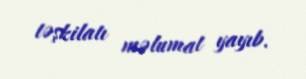
təşkilatı məlumat yayıb.